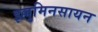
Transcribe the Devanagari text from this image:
इल्लुमिनसायन